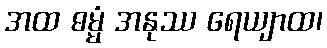
အထ ဓမ္မံ အနုဿ ရေယျာထ၊